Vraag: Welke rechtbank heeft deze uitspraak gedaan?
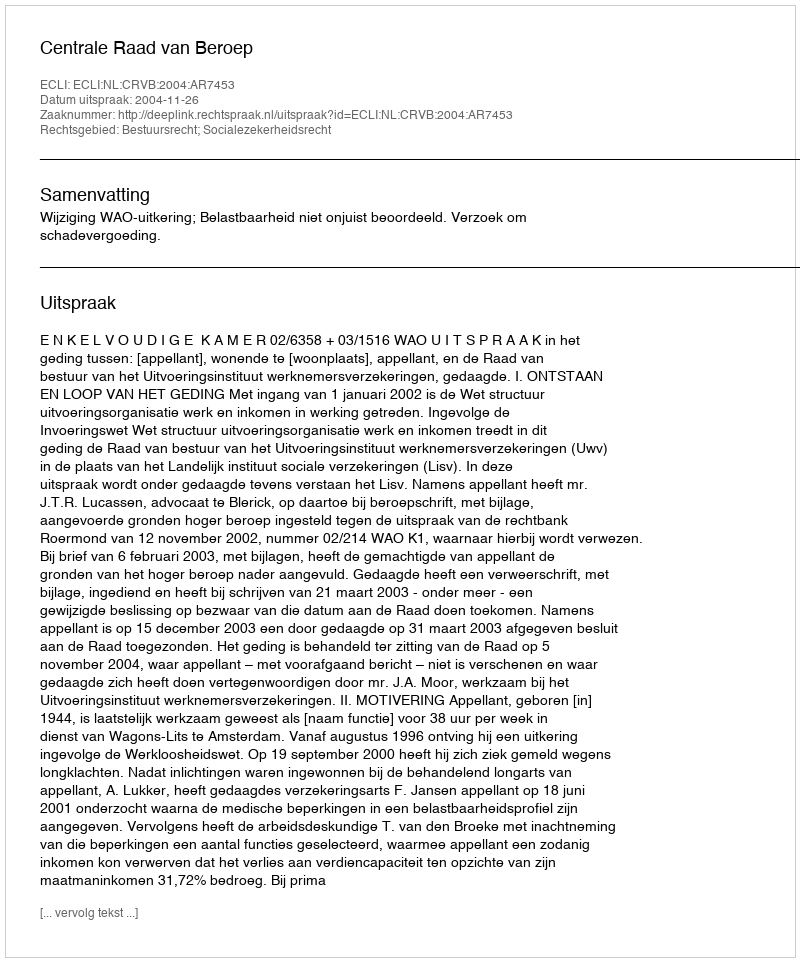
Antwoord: Centrale Raad van Beroep